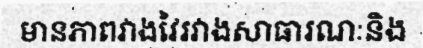
មានភាពវាងវៃរវាងសាធារណៈនិង